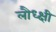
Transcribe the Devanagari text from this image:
लौध्क्षी